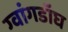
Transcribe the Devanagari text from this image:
ग्वांगडॉघ